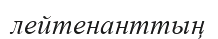
лейтенанттың